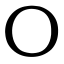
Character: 〇